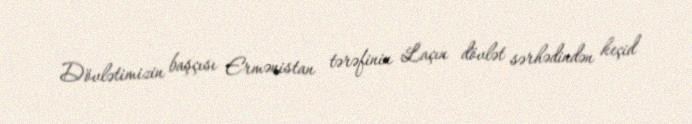
Dövlətimizin başçısı Ermənistan tərəfinin Laçın dövlət sərhədindən keçid